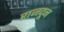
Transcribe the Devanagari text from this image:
राजदून